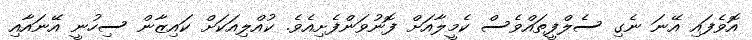
އޮވެފައި އޭނަ ނެގި ސެލްފީތައްވެސް ކެމީލާއަށް ފޮނުވަންފެށިއެވެ. ކުއްލިއަކަށް ކައިޒާން ސިހުނީ އޭނައާއި